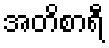
အတိစာရီ